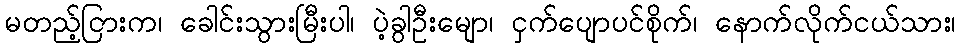
မတည့်ငြားက၊ ခေါင်းသွားမြီးပါ၊ ပဲ့ခွါဦးမျော၊ ငှက်ပျောပင်စိုက်၊ နောက်လိုက်ငယ်သား၊